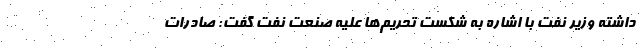
داشته وزیر نفت با اشاره به شکست تحریم‌ها علیه صنعت نفت گفت: صادرات